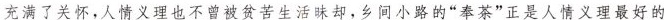
充满了关怀，人情义理也不曾被贫苦生活昧却，乡间小路的“奉茶”正是人情义理最好的